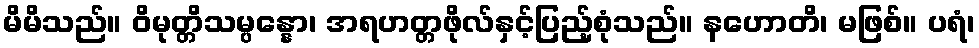
မိမိသည်။ ဝိမုတ္တိသမ္ပန္နော၊ အရဟတ္တဖိုလ်နှင့်ပြည့်စုံသည်။ နဟောတိ၊ မဖြစ်။ ပရံ၊